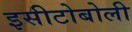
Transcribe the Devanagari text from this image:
इसीटोबोली